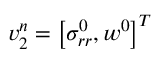
\boldsymbol { v } _ { 2 } ^ { n } = \left[ \sigma _ { r r } ^ { 0 } , w ^ { 0 } \right] ^ { T }